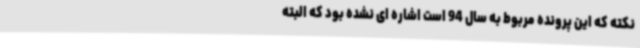
نکته که این پرونده مربوط به سال 94 است اشاره ای نشده بود که البته